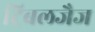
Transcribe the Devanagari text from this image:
ट्रिबलजैज